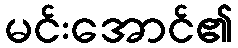
မင်းအောင်၏